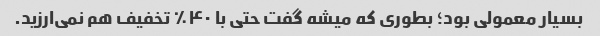
بسیار معمولی بود؛ بطوری که میشه گفت حتی با ۴۰٪ تخفیف هم نمی‌ارزید.